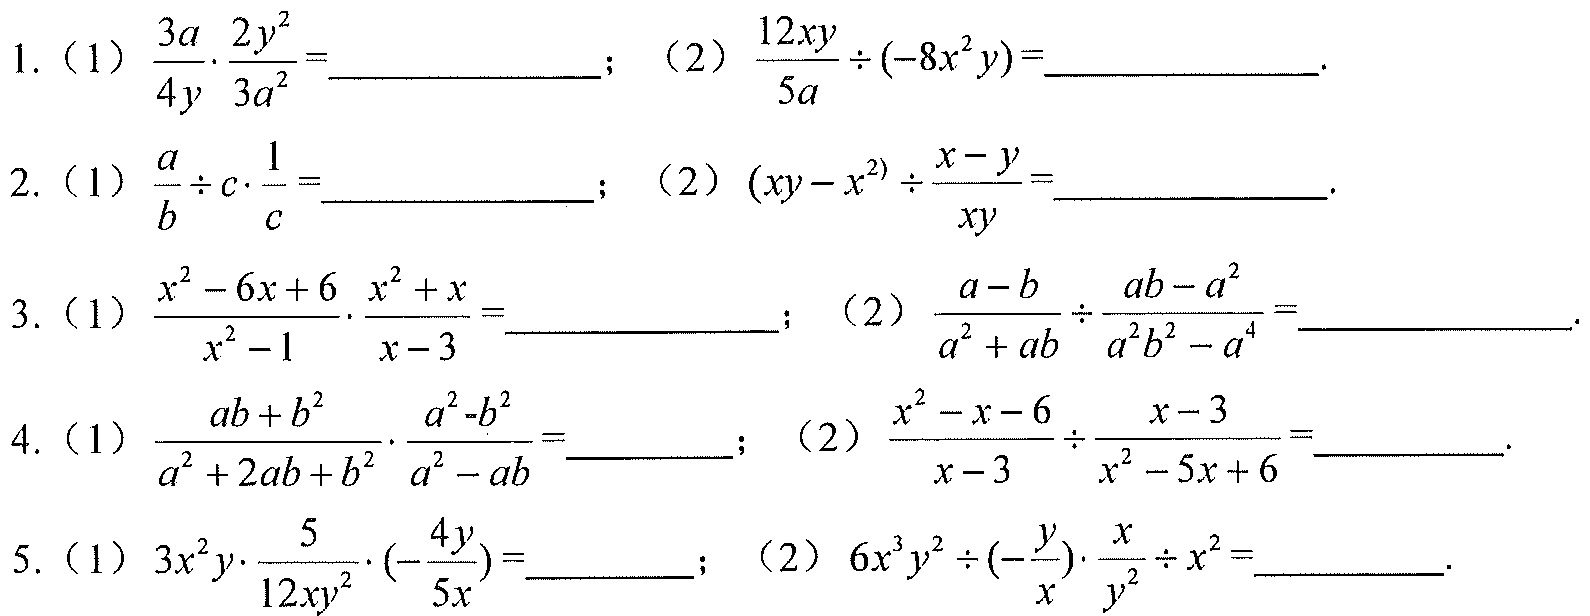
1. (1) \(\frac{3a}{4y}\cdot\frac{2y^{2}}{3a^{2}}=\underline{\quad\quad}\); (2) \(\frac{12xy}{5a}\div(-8x^{2}y)=\underline{\quad\quad}\).
2. (1) \(\frac{a}{b}\div c\cdot\frac{1}{c}=\underline{\quad\quad}\); (2) \((xy - x^{2})\div\frac{x - y}{xy}=\underline{\quad\quad}\).
3. (1) \(\frac{x^{2}-6x + 6}{x^{2}-1}\cdot\frac{x^{2}+x}{x - 3}=\underline{\quad\quad}\); (2) \(\frac{a - b}{a^{2}+ab}\div\frac{ab - a^{2}}{a^{2}b^{2}-a^{4}}=\underline{\quad\quad}\).
4. (1) \(\frac{ab + b^{2}}{a^{2}+2ab + b^{2}}\cdot\frac{a^{2}-b^{2}}{a^{2}-ab}=\underline{\quad\quad}\); (2) \(\frac{x^{2}-x - 6}{x - 3}\div\frac{x - 3}{x^{2}-5x + 6}=\underline{\quad\quad}\).
5. (1) \(3x^{2}y\cdot\frac{5}{12xy^{2}}\cdot(-\frac{4y}{5x})=\underline{\quad\quad}\); (2) \(6x^{3}y^{2}\div(-\frac{y}{x})\cdot\frac{x}{y^{2}}\div x^{2}=\underline{\quad\quad}\).